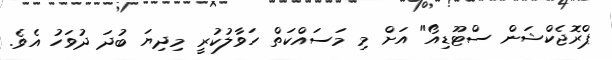
ޕްރޮޖެކްޝަން ސްޓޫޑިއޯ" އަށް މި މަސައްކަތް ހަވާލުކުރީ މިދިޔަ ބުދަ ދުވަހު އެވެ.